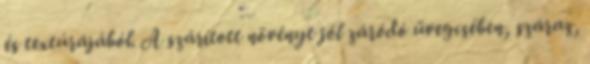
és textúrájából. A szárított növényt jól záródó üvegcsében, száraz,